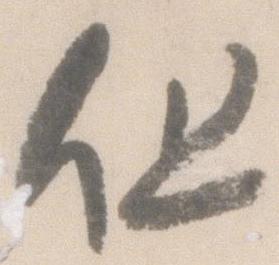
但